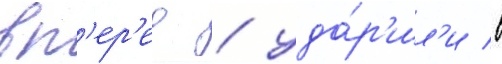
вп'ер'ед / уда́р'ил'и в